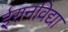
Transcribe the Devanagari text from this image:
ईरानविद्या